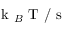
\mathrm { ~ k ~ } _ { B } \mathrm { ~ T ~ / ~ s ~ }